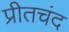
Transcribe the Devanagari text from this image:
प्रीतचंद